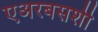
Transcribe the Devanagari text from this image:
एअरबसशी